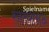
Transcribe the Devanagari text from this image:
शास्त्रपाठ